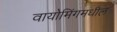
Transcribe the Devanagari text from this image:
वायोमिंगमधील